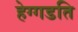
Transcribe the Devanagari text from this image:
हेग्गडति